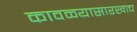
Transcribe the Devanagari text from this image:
कावळ्यासारखाच